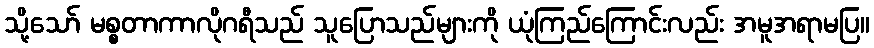
သို့သော် မစ္စတာကာလိုဂရီသည် သူပြောသည်များကို ယုံကြည်ကြောင်းလည်း အမူအရာမပြ။